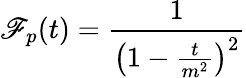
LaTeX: \mathscr{F}_{p}(t)=\frac{{1}}{{\left(1-\frac{{t}}{{m^{2}}}\right)^{2}}}